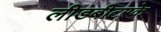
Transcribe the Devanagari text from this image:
लीडबीटरके